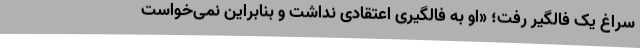
سراغ یک فالگیر رفت؛ «او به فالگیری اعتقادی نداشت و بنابراین نمی‌خواست